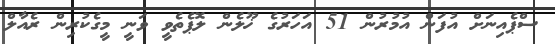
ސްޕެއިނަށް އުފަން އުމުރުން 51 އަހަރުގެ ޚޫލެން ލޮޕެތެވީ ވަނީ މީގެކުރިން ރެއާލް